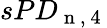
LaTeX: sPD_{\mathrm{~n~,~4~}}